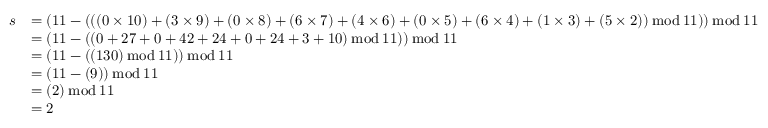
{ \begin{array} { r l } { s } & { = ( 1 1 - ( ( ( 0 \times 1 0 ) + ( 3 \times 9 ) + ( 0 \times 8 ) + ( 6 \times 7 ) + ( 4 \times 6 ) + ( 0 \times 5 ) + ( 6 \times 4 ) + ( 1 \times 3 ) + ( 5 \times 2 ) ) \, { \bmod { \, } } 1 1 ) ) \, { \bmod { \, } } 1 1 } \\ & { = ( 1 1 - ( ( 0 + 2 7 + 0 + 4 2 + 2 4 + 0 + 2 4 + 3 + 1 0 ) \, { \bmod { \, } } 1 1 ) ) \, { \bmod { \, } } 1 1 } \\ & { = ( 1 1 - ( ( 1 3 0 ) \, { \bmod { \, } } 1 1 ) ) \, { \bmod { \, } } 1 1 } \\ & { = ( 1 1 - ( 9 ) ) \, { \bmod { \, } } 1 1 } \\ & { = ( 2 ) \, { \bmod { \, } } 1 1 } \\ & { = 2 } \end{array} }